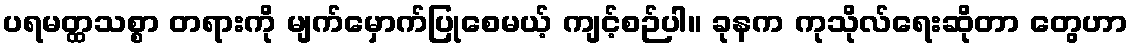
ပရမတ္ထသစ္စာ တရားကို မျက်မှောက်ပြုစေမယ့် ကျင့်စဉ်ပါ။ ခုနက ကုသိုလ်ရေးဆိုတာ တွေဟာ